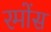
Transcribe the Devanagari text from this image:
रमोंस